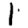
Digit: 1